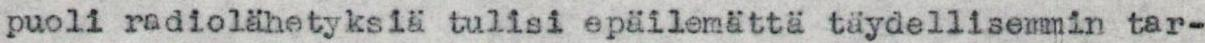
puoli radiolähetyksiä tulisi epäilemattä täydellisemmin tar-